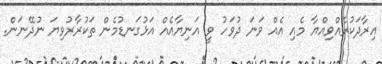
އިރާދަކުރެއްވިއްޔާ މެއި އެއް ވަނަ ދުވަހު ވީ އަނިޔާއެއް އަޅުގަނޑުމެން ތަކުރާރުވިޔަ ނުދޭނަން.